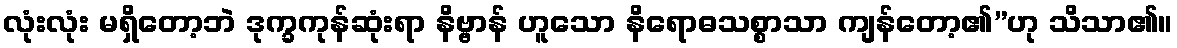
လုံးလုံး မရှိတော့ဘဲ ဒုက္ခကုန်ဆုံးရာ နိဗ္ဗာန် ဟူသော နိရောဓသစ္စာသာ ကျန်တော့၏”ဟု သိသာ၏။